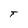
Character: T